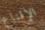
الإقناع